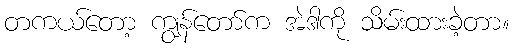
တကယ်တော့ ကျွန်တော်က အဲဒါကို သိမ်းထားခဲ့တာ။